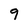
Character: 9